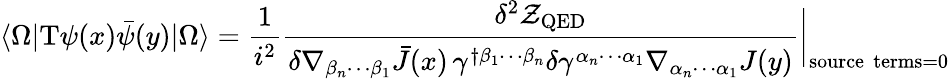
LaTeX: \langle\Omega|\mathrm{T}\psi(x)\bar{\psi}(y)|\Omega\rangle=\frac{1}{i^{2}}\frac{\delta^{2}\mathcal{Z}_{\mathrm{QED}}}{\delta\nabla_{\beta_{n}\cdots\beta_{1}}\bar{J}(x)\, \gamma^{\dagger\beta_{1}\cdots\beta_{n}}\delta\gamma^{\alpha_{n}\cdots\alpha_{1}}\nabla_{\alpha_{n}\cdots\alpha_{1}}J(y)}\bigg\vert_{\mathrm{source\, \, terms=0}}